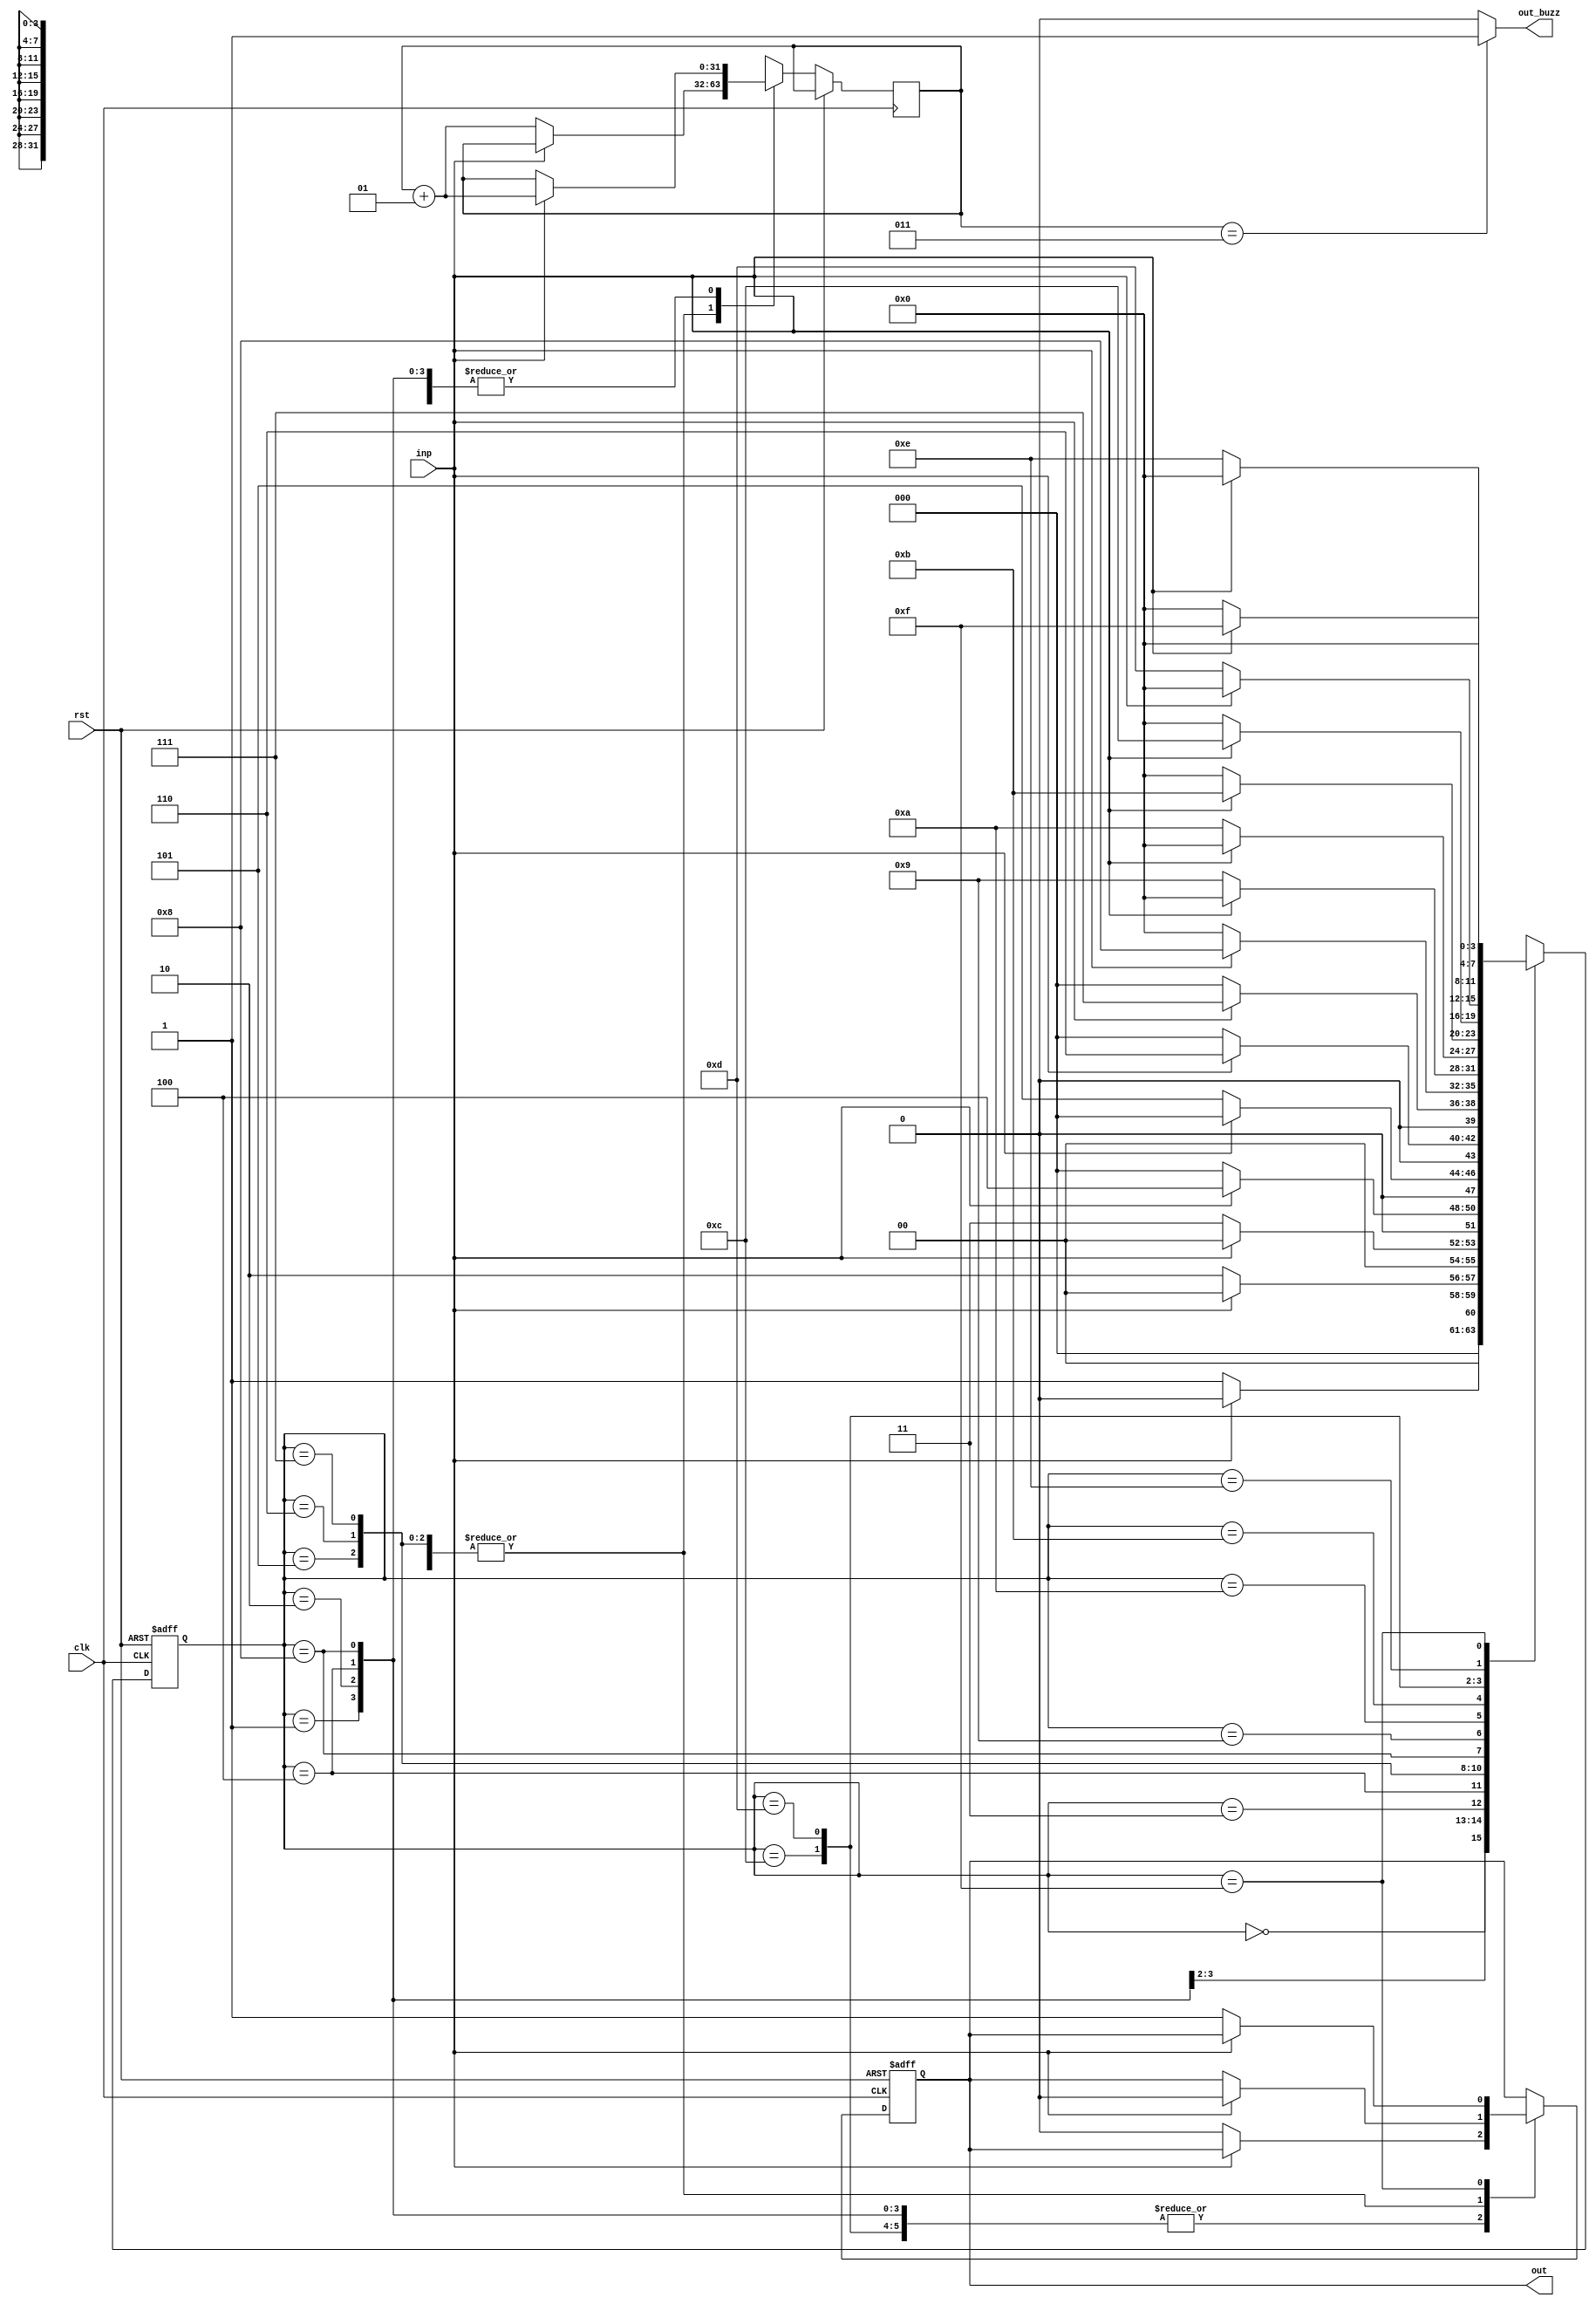
module TLPSFSM(inp,clk,out,rst,out_buzz);
input clk,rst;
input inp;
reg [3:0]state;
output reg out;
output reg out_buzz;
integer count=0;
always @(posedge clk or posedge rst)
begin
  if(rst)
    begin
      state <=4'b0000;
      out<=0;
    end
  else
    begin
      case(state)
        //A
        4'b0000:
          begin
            if(~inp) begin 
              state<=4'b0001;
              out<=0;
            end
            else
            begin
              state<=4'b0000;
              count=count+1;
            end
          end
        //B
        4'b0001:
          begin
            if(~inp) begin 
              state<=4'b0010;
              out<=0;
            end
            else
            begin
              state<=4'b0000;
              count=count+1;
            end
          end
        //C
        4'b0010:
          begin
            if(~inp) begin 
              state<=4'b0011;
              out<=0;
            end
            else
            begin
              state<=4'b0000;
              count=count+1;
            end

          end
        //D
        4'b0011:
          begin
            if(inp) begin 
              state<=4'b0100;
              out<=0;
            end
                        else
            begin
              state<=4'b0000;
              count=count+1;
            end

          end
        //E
        4'b0100:
          begin
            if(~inp) begin 
              state<=4'b0101;
              out<=0;
            end
                        else
            begin
              state<=4'b0000;
              count=count+1;
            end

          end
        //F
        4'b0101:
          begin
            if(inp) begin 
              state<=4'b0110;
              out<=0;
            end
                        else
            begin
              state<=4'b0000;
              count=count+1;
            end

          end
        //G
        4'b0110:
          begin
            if(inp) begin 
              state<=4'b0111;
              out<=0;
            end
                        else
            begin
              state<=4'b0000;
              count=count+1;
            end

          end
        //H
        4'b0111:
          begin
            if(inp) begin
              state<=4'b1000;
              out<=0;
            end
                       else
            begin
              state<=4'b0000;
              count=count+1;
            end

          end
        //I
        4'b1000:
          begin
            if(~inp) begin 
              state<=4'b1001;
              out<=0;
            end
                       else
            begin
              state<=4'b0000;
              count=count+1;
            end

          end
        //J
        4'b1001:
          begin
            if(~inp) begin 
              state<=4'b1010;
              out<=0;
            end
            else
            begin
              state<=4'b0000;
              count=count+1;
            end
          end
        //K
        4'b1010:
          begin
            if(inp) begin 
              state<=4'b1011;
              out<=0;
            end
                        else
            begin
              state<=4'b0000;
              count=count+1;
            end

          end
        //L
        4'b1011:
          begin
            if(inp) begin
              state<=4'b1100;
              out<=0;
            end
                        else
            begin
              state<=4'b0000;
              count=count+1;
            end

          end
        //M
        4'b1100:
          begin
            if(~inp)begin 
              state<=4'b1101;
              out<=0;
            end
                        else
            begin
              state<=4'b0000;
              count=count+1;
            end

          end
        //N
        4'b1101:
          begin
            if(~inp) begin 
              state<=4'b1110;
              out<=0;
            end
                        else
            begin
              state<=4'b0000;
              count=count+1;
            end

          end
        //O
        4'b1110:
          begin
            if(inp) begin 
              state<=4'b1111;
              out<=0;
            end
                       else
            begin
              state<=4'b0000;
              count=count+1;
            end

          end
        //P
        4'b1111:
          begin
            if(~inp) begin
               state<=4'b0000;
               out<=1;
            end
                        else
            begin
              state<=4'b0000;
              count=count+1;
            end

          end
      endcase

        
    end
	
end
always @(*)
begin
if(count==3)
out_buzz<=1;
else
out_buzz<=0;
end
endmodule